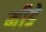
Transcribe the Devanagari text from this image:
मीडे